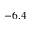
- 6 . 4